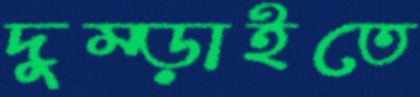
দুম্‌ড়াইতে